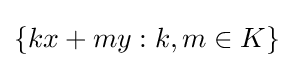
\{kx+my:k,m\in K\}